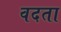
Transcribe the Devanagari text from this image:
वदता